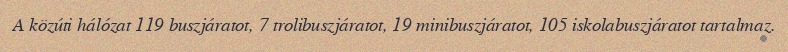
A közúti hálózat 119 buszjáratot, 7 trolibuszjáratot, 19 minibuszjáratot, 105 iskolabuszjáratot tartalmaz.